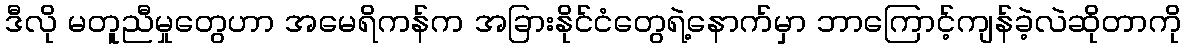
ဒီလို မတူညီမှုတွေဟာ အမေရိကန်က အခြားနိုင်ငံတွေရဲ့နောက်မှာ ဘာကြောင့်ကျန်ခဲ့လဲဆိုတာကို